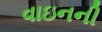
વાઇનની